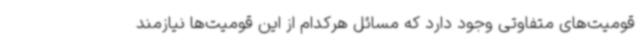
قومیت‌های متفاوتی وجود دارد که مسائل هرکدام از این قومیت‌ها نیازمند